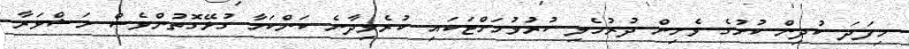
މިފަދަ ކުދިން ކުށުގެ ވެށިން ދުރުހެލި ކުރުވުމަށްޓަކައި ކުރެވިދާނެ ކަންކަމާ ގުޅޭގޮތުންވެސް މަޝްވަރާ